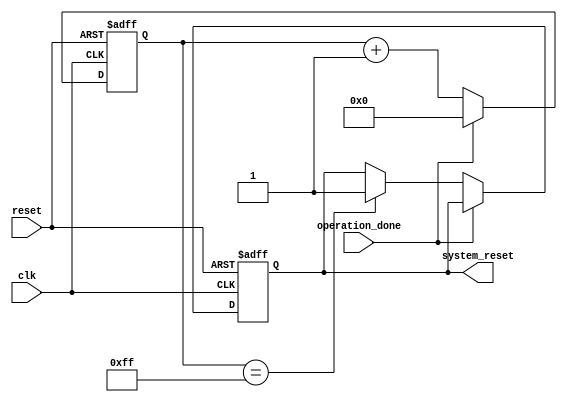
module WatchdogTimer (
    input wire clk,
    input wire reset,
    input wire operation_done,
    output reg system_reset
);

reg [7:0] timer_counter;
reg timing_expired;

always @(posedge clk or posedge reset) begin
    if (reset) begin
        timer_counter <= 8'h00;
        timing_expired <= 1'b0;
        system_reset <= 1'b0;
    end else begin
        if (operation_done) begin
            timer_counter <= 8'h00;
            timing_expired <= 1'b0;
        end else begin
            timer_counter <= timer_counter + 1;
            if (timer_counter == 8'hFF) begin
                timing_expired <= 1'b1;
                system_reset <= 1'b1;
            end
        end
    end
end

endmodule